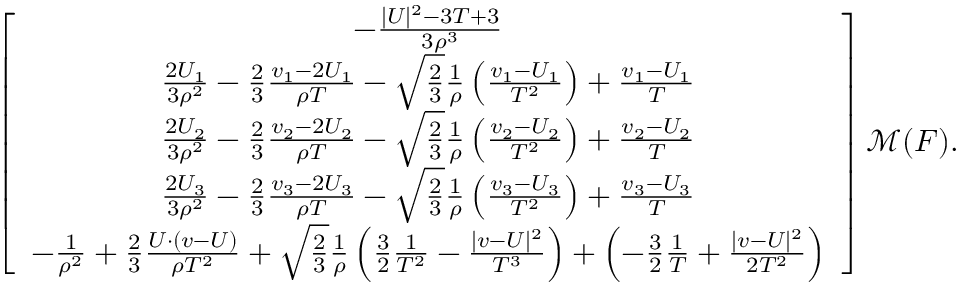
\begin{array} { r } { \left[ { \begin{array} { c } { - \frac { | U | ^ { 2 } - 3 T + 3 } { 3 \rho ^ { 3 } } } \\ { \frac { 2 U _ { 1 } } { 3 \rho ^ { 2 } } - \frac { 2 } { 3 } \frac { v _ { 1 } - 2 U _ { 1 } } { \rho T } - \sqrt { \frac { 2 } { 3 } } \frac { 1 } { \rho } \left( \frac { v _ { 1 } - U _ { 1 } } { T ^ { 2 } } \right) + \frac { v _ { 1 } - U _ { 1 } } { T } } \\ { \frac { 2 U _ { 2 } } { 3 \rho ^ { 2 } } - \frac { 2 } { 3 } \frac { v _ { 2 } - 2 U _ { 2 } } { \rho T } - \sqrt { \frac { 2 } { 3 } } \frac { 1 } { \rho } \left( \frac { v _ { 2 } - U _ { 2 } } { T ^ { 2 } } \right) + \frac { v _ { 2 } - U _ { 2 } } { T } } \\ { \frac { 2 U _ { 3 } } { 3 \rho ^ { 2 } } - \frac { 2 } { 3 } \frac { v _ { 3 } - 2 U _ { 3 } } { \rho T } - \sqrt { \frac { 2 } { 3 } } \frac { 1 } { \rho } \left( \frac { v _ { 3 } - U _ { 3 } } { T ^ { 2 } } \right) + \frac { v _ { 3 } - U _ { 3 } } { T } } \\ { - \frac { 1 } { \rho ^ { 2 } } + \frac { 2 } { 3 } \frac { U \cdot ( v - U ) } { \rho T ^ { 2 } } + \sqrt { \frac { 2 } { 3 } } \frac { 1 } { \rho } \left( \frac { 3 } { 2 } \frac { 1 } { T ^ { 2 } } - \frac { | v - U | ^ { 2 } } { T ^ { 3 } } \right) + \left( - \frac { 3 } { 2 } \frac { 1 } { T } + \frac { | v - U | ^ { 2 } } { 2 T ^ { 2 } } \right) } \end{array} } \right] \mathcal { M } ( F ) . } \end{array}